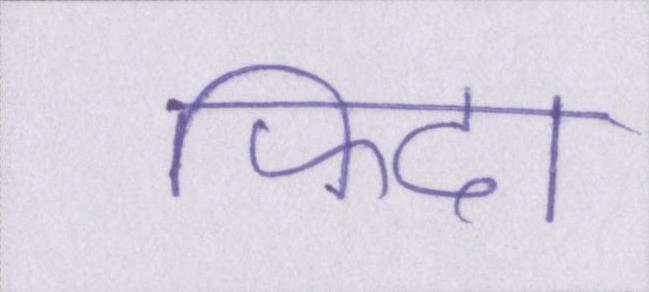
फिदा